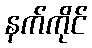
နက်ကိုင်